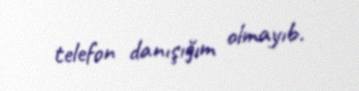
telefon danışığım olmayıb.